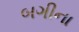
બગીના